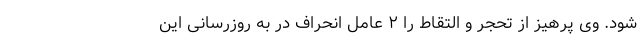
شود. وی پرهیز از تحجر و التقاط را ۲ عامل انحراف در به روزرسانی این